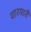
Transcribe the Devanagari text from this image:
वारयातै